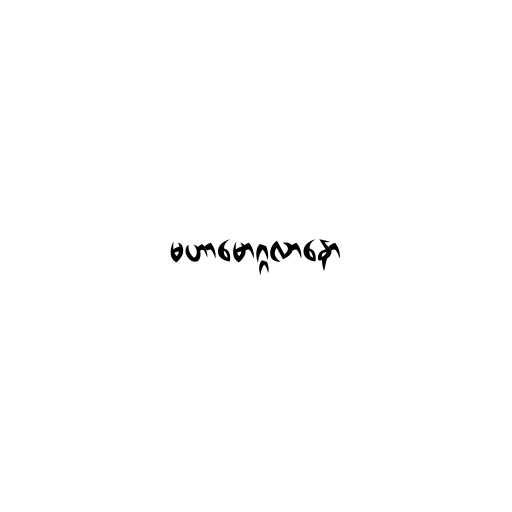
မဟာမောဂ္ဂလာနော